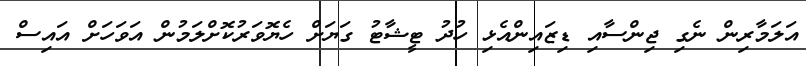
އަލަމާރިން ނެގި ޖިންސާއި ޑިޒައިންއެޅި ހުދު ޓީޝާޓު ގަޔަށް ހެޔޮވަރުކޮށްލަމުން އަވަހަށް އައިސް